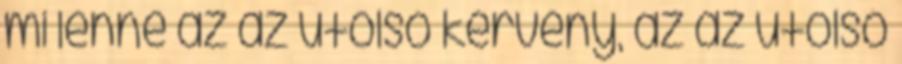
mi lenne az az utolsó kérvény, az az utolsó